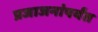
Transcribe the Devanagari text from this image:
प्रजाजनांपर्यंत